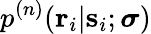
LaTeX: p^{(n)}(\mathbf{r}_{i}|\mathbf{s}_{i};\boldsymbol{\sigma})